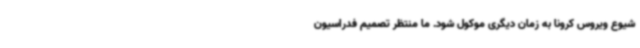
شیوع ویروس کرونا به زمان دیگری موکول شود. ما منتظر تصمیم فدراسیون